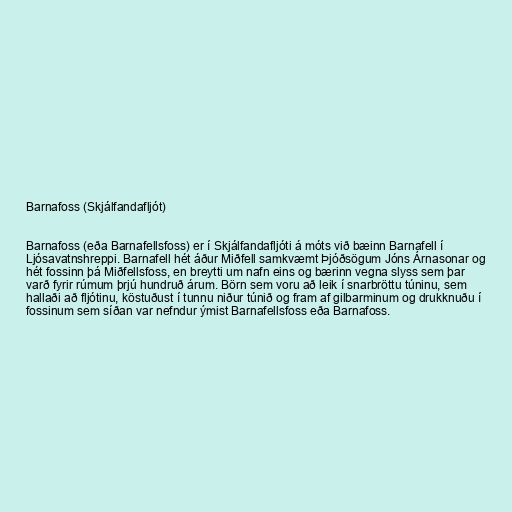
Barnafoss (Skjálfandafljót)

Barnafoss (eða Barnafellsfoss) er í Skjálfandafljóti á móts við bæinn Barnafell í
Ljósavatnshreppi. Barnafell hét áður Miðfell samkvæmt Þjóðsögum Jóns Árnasonar og
hét fossinn þá Miðfellsfoss, en breytti um nafn eins og bærinn vegna slyss sem þar
varð fyrir rúmum þrjú hundruð árum. Börn sem voru að leik í snarbröttu túninu, sem
hallaði að fljótinu, köstuðust í tunnu niður túnið og fram af gilbarminum og drukknuðu í
fossinum sem síðan var nefndur ýmist Barnafellsfoss eða Barnafoss.